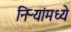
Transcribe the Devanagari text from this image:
निऱ्यांमध्ये